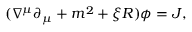
( \nabla ^ { \mu } \partial _ { \mu } + m ^ { 2 } + \xi R ) \phi = J ,